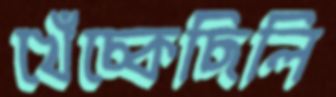
খেঁচ্‌কেছিলি